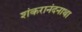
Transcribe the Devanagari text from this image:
शंकरानंदनाथा